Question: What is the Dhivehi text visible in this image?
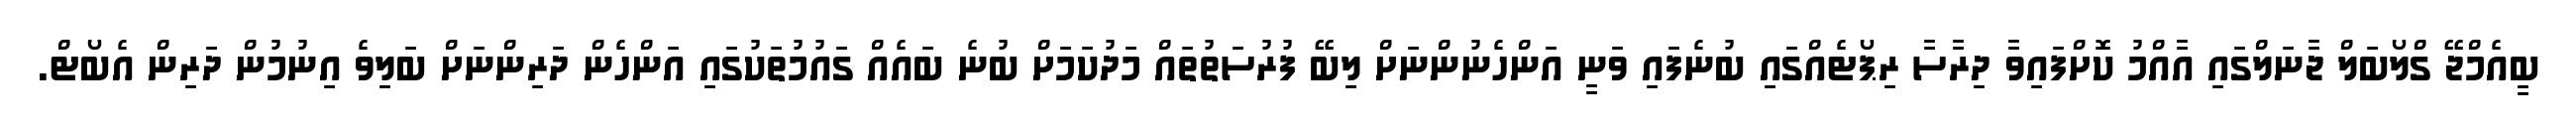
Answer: ބީއެމްޖޭ ގްލޯބަލް ޖާނަލްގައި އާއްމު ކޮށްފައިވާ ދިރާސާ ރިޕޯޓެއްގައި ބުނެފައި ވަނީ އަންހެނުންނަށް ލިބޭ ފުރުސަތުތައް މަދުކަމަށް ބުނެ ބައެއް ގައުމުތަކުގައި އަންހެން ދަރިންނަށް ބަލިވެ އިނުމުން ދަރިން އެބޯޓް.